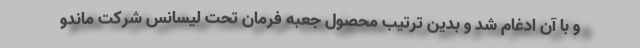
و با آن ادغام شد و بدین ترتیب محصول جعبه فرمان تحت لیسانس شرکت ماندو